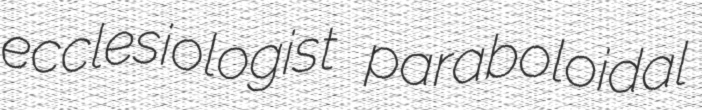
ecclesiologist paraboloidal